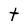
Character: t